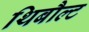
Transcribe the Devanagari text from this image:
थिबौल्ट